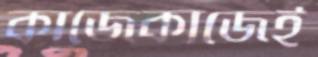
কাজেকাজেই